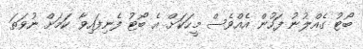
ބޯޓު ގެއްލުނު ފަހުން އެއްވެސް މީހަކަށް އެ ބޯޓު ފެނިފައިވާ ކަމަށް ނުވަތަ